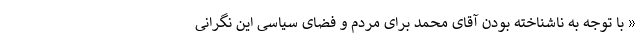
« با توجه به ناشناخته بودن آقای محمد برای مردم و فضای سیاسی این نگرانی